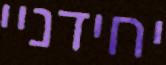
יחידניי